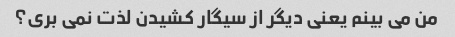
من می بینم یعنی دیگر از سیگار کشیدن لذت نمی بری؟